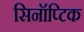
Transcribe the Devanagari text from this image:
सिनॉप्टिक